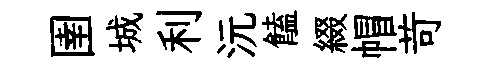
圉城利沅饁綴帽苛